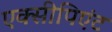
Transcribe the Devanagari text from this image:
एक्सीपिएंट